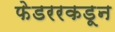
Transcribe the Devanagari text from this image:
फेडररकडून